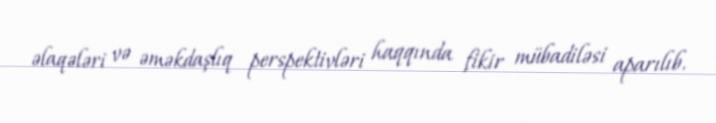
əlaqələri və əməkdaşlıq perspektivləri haqqında fikir mübadiləsi aparılıb.